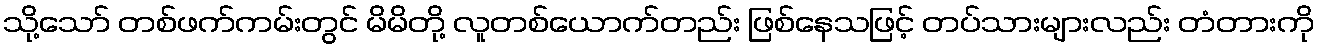
သို့သော် တစ်ဖက်ကမ်းတွင် မိမိတို့ လူတစ်ယောက်တည်း ဖြစ်နေသဖြင့် တပ်သားများလည်း တံတားကို